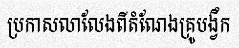
ប្រកាសលាលែងពីតំណែងគ្រូបង្វឹក